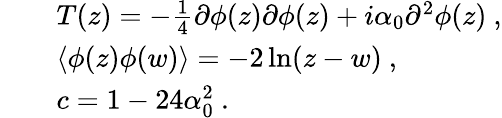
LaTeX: \begin{array}{rcl}{{}}&{{}}&{{T(z)=-\frac{1}{4}\partial\phi(z)\partial\phi(z)+i\alpha_{0}\partial^{2}\phi(z)~,}}\\ {{}}&{{}}&{{\langle\phi(z)\phi(w)\rangle=-2\ln(z-w)~,}}\\ {{}}&{{}}&{{c=1-24\alpha_{0}^{2}~.}}\end{array}